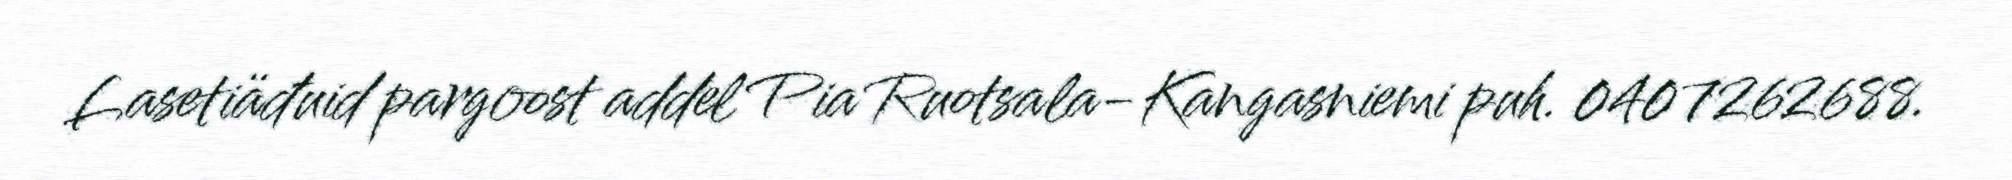
Lasetiäđuid pargoost addel Pia Ruotsala-Kangasniemi puh. 0407262688.